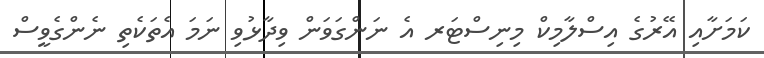
ކަމަށާއި އޭރުގެ އިސްލާމިކް މިނިސްޓަރ އެ ނަންގަވަން ވިދާޅުވި ނަމަ އެތަކެތި ނެންގެވީސް